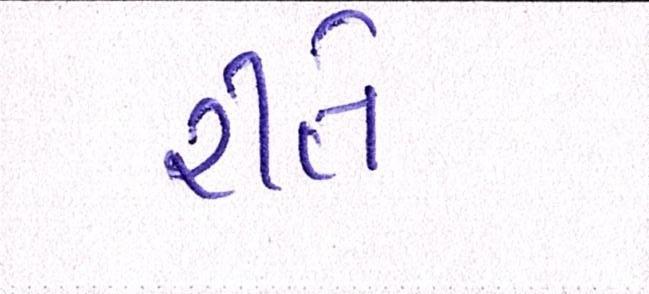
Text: રીતે